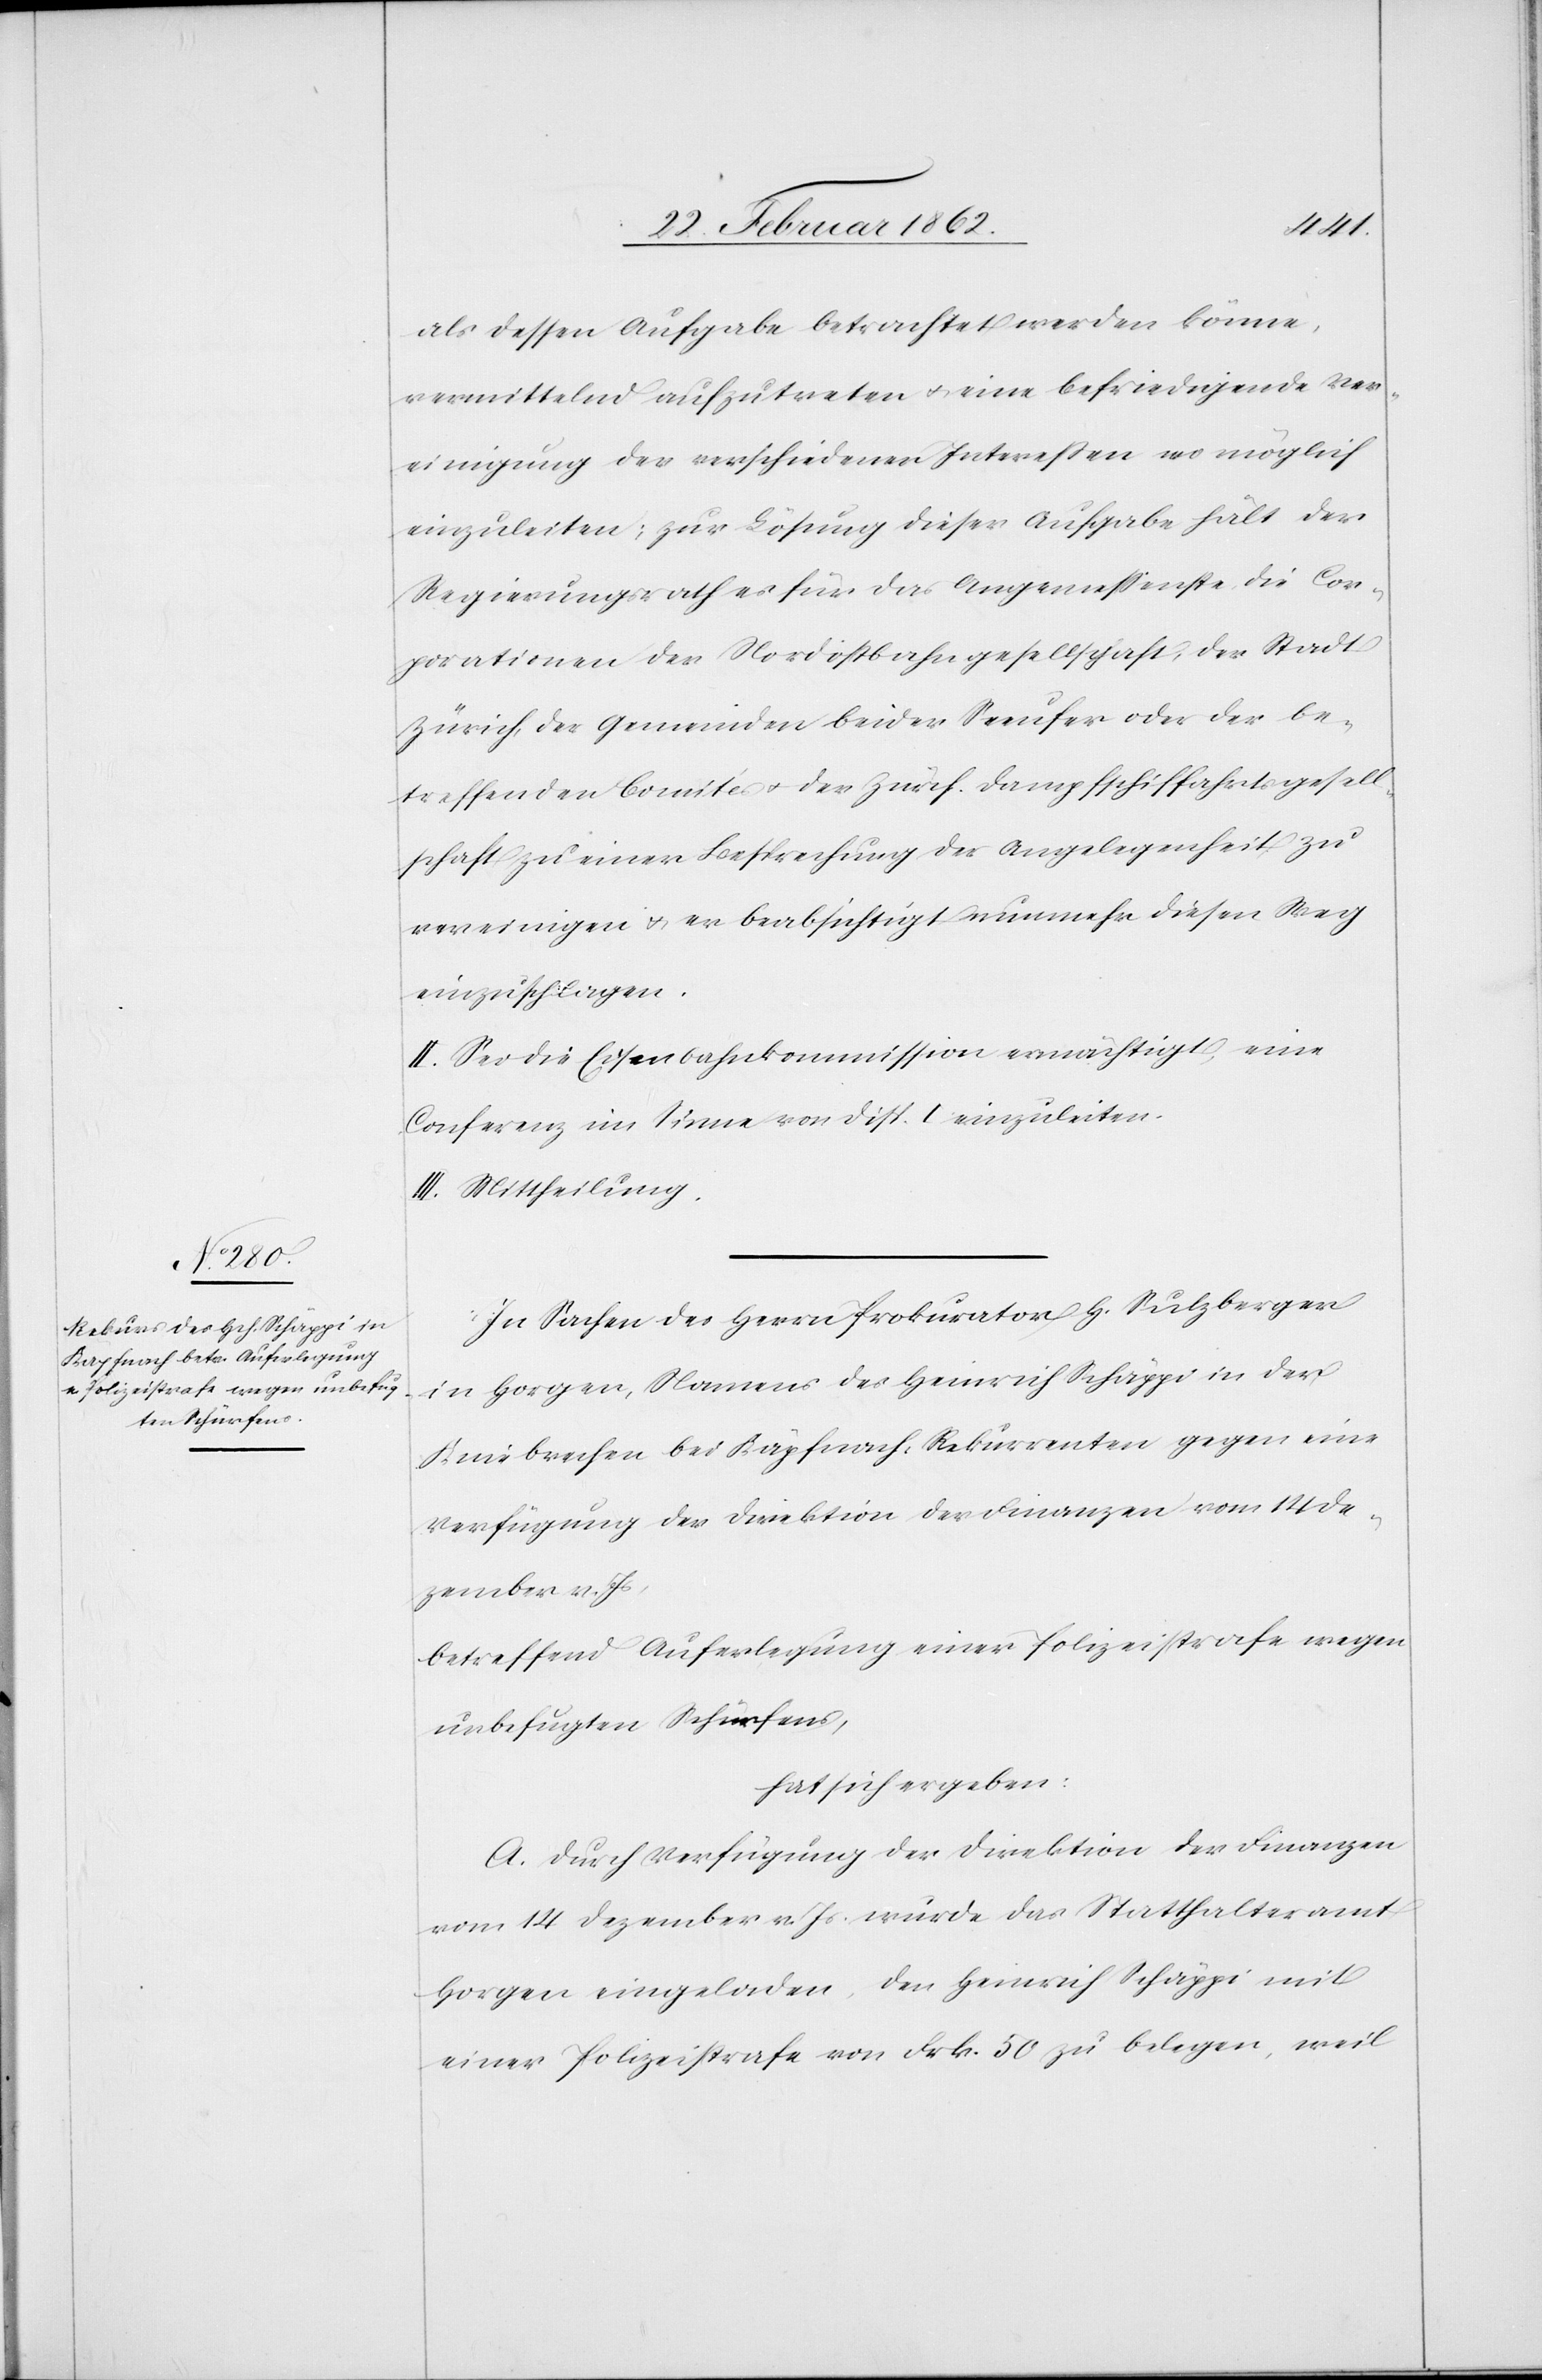
als dessen Aufgabe betrachtet werden könne,
vermittelnd aufzutreten u. eine befriedigende Ver¬
einigung der verschiedenen Intereßen wo möglich
einzuleiten; zur Lösung dieser Aufgabe hält der
Regierungsrath es für das Angemeßenste, die Cor¬
porationen der Nordostbahngesellschaft, der Stadt
Zürich, der Gemeinden beider Seeufer oder der be¬
treffenden Comités u. der Zürch. Dampfschiffahrtsgesell¬
schaft zu einer Besprechung der Angelegenheit zu
vereinigen u. er beabsichtigt nunmehr diesen Weg
einzuschlagen.
II. Sei die Eisenbahnkommission ermächtigt, eine
Conferenz im Sinne von Disp. I einzuleiten.
III. Mittheilung.
In Sachen des Herrn Prokurator H. Sulzberger
in Horgen, Namens des Heinrich Schäppi in der
Kniebrechen bei Käpfnach, Rekurrenten gegen eine
Verfügung der Direktion der Finanzen vom 14 De¬
zember v. Js
betreffend Auferlegung einer Polizeistrafe wegen
unbefugten Schürfens,
hat sich ergeben:
A. Durch Verfügung der Direktion der Finanzen
vom 14 Dezember v. Js. wurde das Statthalteramt
Horgen eingeladen, den Heinrich Schäppi mit
einer Polizeistrafe von Frk. 50 zu belegen, weil